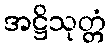
အဋ္ဌိသုတ္တံ